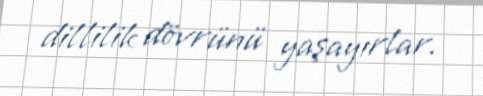
dillilik dövrünü yaşayırlar.